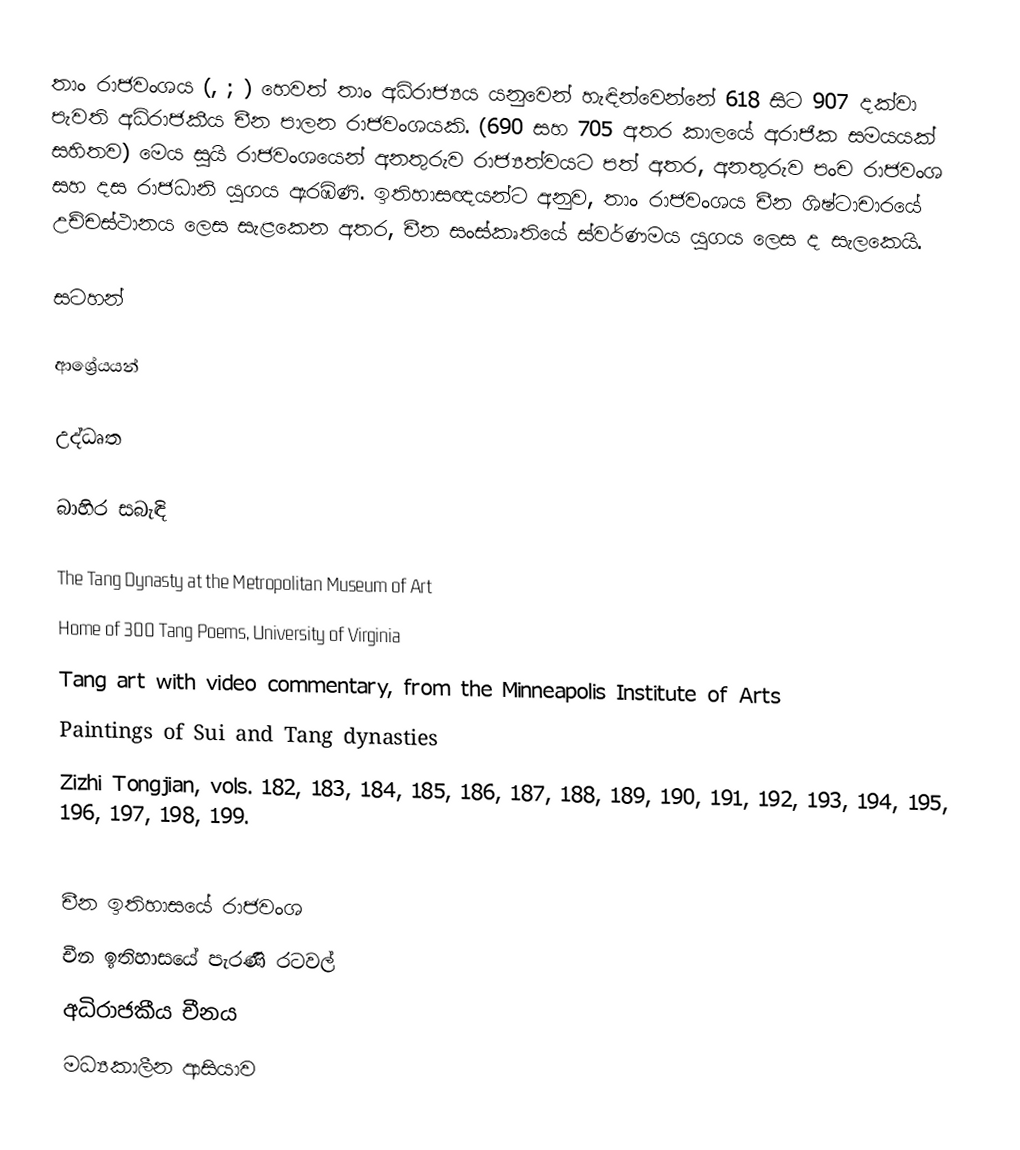
තාං රාජවංශය (, ; ) හෙවත් තාං අධිරාජ්‍යය යනුවෙන් හැඳින්වෙන්නේ 618 සිට 907 දක්වා පැවති අධිරාජකීය චීන පාලන රාජවංශයකි. (690 සහ 705 අතර කාලයේ අරාජික සමයයක් සහිතව) මෙය සුයි රාජවංශයෙන් අනතුරුව රාජ්‍යත්වයට පත් අතර, අනතුරුව පංච රාජවංශ සහ දස රාජධානි යුගය ඇරඹිණි. ඉතිහාසඥයන්‍ට අනුව, තාං රාජවංශය චීන ශිෂ්ටාචාරයේ උච්චස්ථානය ලෙස සැළකෙන අතර, චීන සංස්කෘතියේ ස්වර්ණමය ‍යුගය ලෙස ද සැලකෙයි.

සටහන්

ආශ්‍රේයයන්

උද්ධෘත

බාහිර සබැඳි

 The Tang Dynasty at the Metropolitan Museum of Art
 Home of 300 Tang Poems, University of Virginia
 Tang art with video commentary, from the Minneapolis Institute of Arts
 Paintings of Sui and Tang dynasties
 Zizhi Tongjian, vols. 182, 183, 184, 185, 186, 187, 188, 189, 190, 191, 192, 193, 194, 195, 196, 197, 198, 199.

චීන ඉතිහාසයේ රාජවංශ
චීන ඉතිහාසයේ පැරණි රටවල්
අධිරාජකීය චීනය
මධ්‍යකාලීන ආසියාව